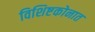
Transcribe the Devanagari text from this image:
विशिष्टकोनात